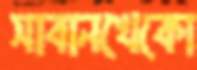
সাবানখেকো